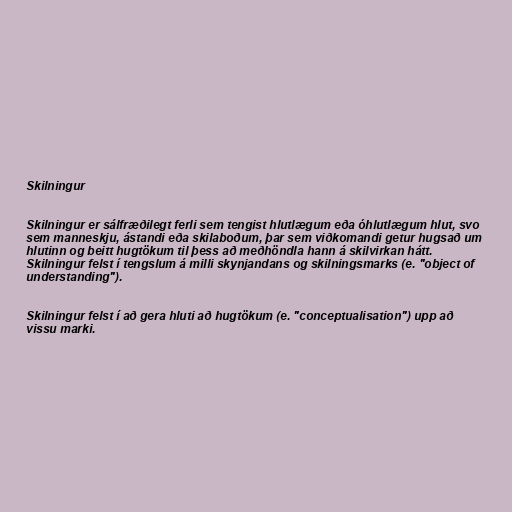
Skilningur

Skilningur er sálfræðilegt ferli sem tengist hlutlægum eða óhlutlægum hlut, svo
sem manneskju, ástandi eða skilaboðum, þar sem viðkomandi getur hugsað um
hlutinn og beitt hugtökum til þess að meðhöndla hann á skilvirkan hátt.
Skilningur felst í tengslum á milli skynjandans og skilningsmarks (e. "object of
understanding").

Skilningur felst í að gera hluti að hugtökum (e. "conceptualisation") upp að
vissu marki.